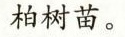
柏树苗。